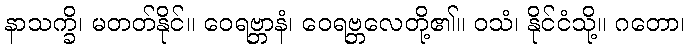
နာသက္ခိ၊ မတတ်နိုင်။ ဝေရဗ္ဘာနံ၊ ဝေရဗ္ဘလေတို့၏။ ဝသံ၊ နိုင်ငံသို့။ ဂတော၊